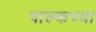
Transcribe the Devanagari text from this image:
पाल्कच्या